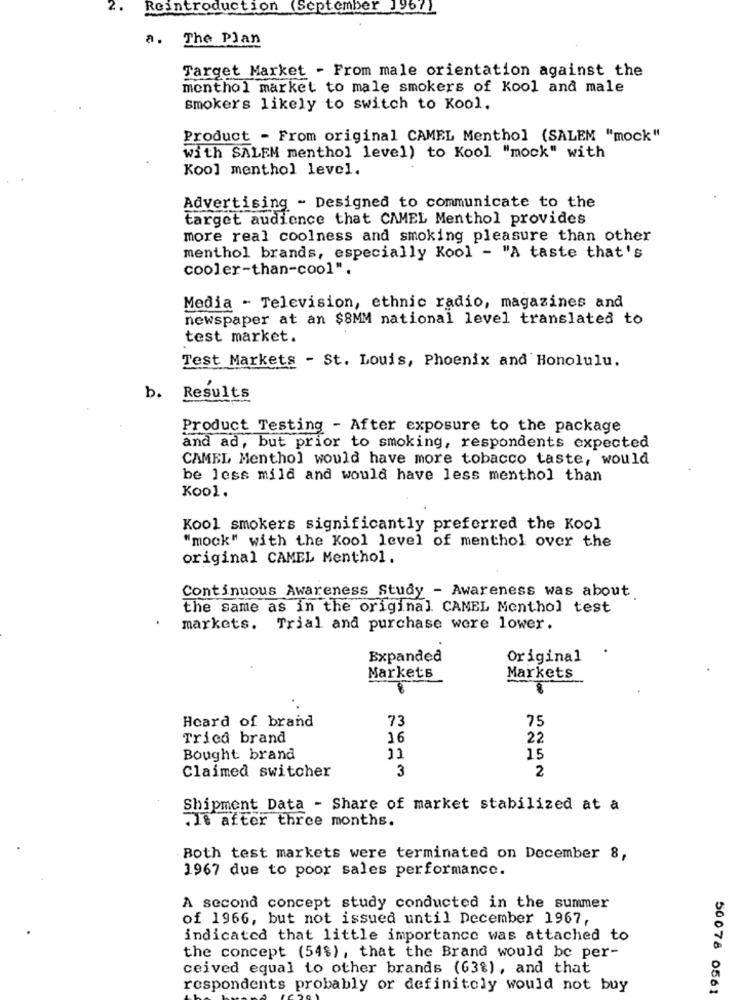
Reintroduction (September 1967)
a. The Plan
Target Market - From male orientation against the
menthol market to male smokers of Kool and male
smokers likely to switch to Kool.
Product - From original CAMEL Menthol (SALEM "mock"
with SALEM menthol level) to Kool "mock" with
Koo] menthol level.
Advertising - Designed to communicate to the
target audience that CAMEL Menthol provides
more real coolness and smoking pleasure than other
menthol brands, especially Kool - "A taste that's
cooler-than-cool".
Media - Television, ethnic radio, magazines and
newspaper at an $8MM national level translated to
test market.
Test Markets - St. Louis, Phoenix and Honolulu.
b.
Results
Product Testing - After exposure to the package
and ad, but prior to smoking, respondents expected
CAMEL Menthol would have more tobacco taste, would
be less mild and would have less menthol than
Kool.
Kool smokers significantly preferred the Kool
"mock" with the Kool level of menthol over the
original CAMEL Menthol.
Continuous Awareness Study - Awareness was about
the same as in the original CAMEL Menthol test
markets. Trial and purchase were lower.
Expanded
Original
Markets
Markets
Heard of brand
73
75
Trica brand
16
22
Bought brand
11
15
Claimed switcher
3
2
Shipment Data - Share of market stabilized at a
.Je after three months.
Both test markets were terminated on December 8,
1967 due to poor sales performance.
A second concept study conducted in the summer
of 1966, but not issued until December 1967,
indicated that little importance was attached to
the concept (54%), that the Brand would be per-
ceived equal to other brands (63%), and that
respondents probably or definitely would not buy
50078 0561